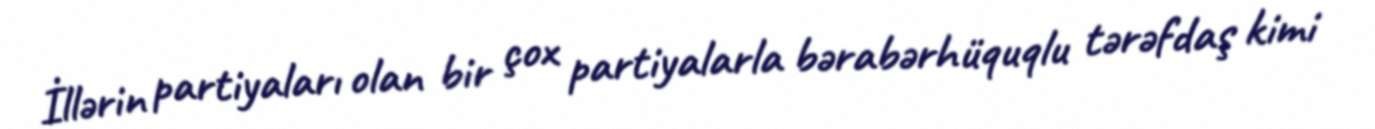
İllərin partiyaları olan bir çox partiyalarla bərabərhüquqlu tərəfdaş kimi